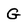
Character: G